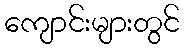
ကျောင်းများတွင်